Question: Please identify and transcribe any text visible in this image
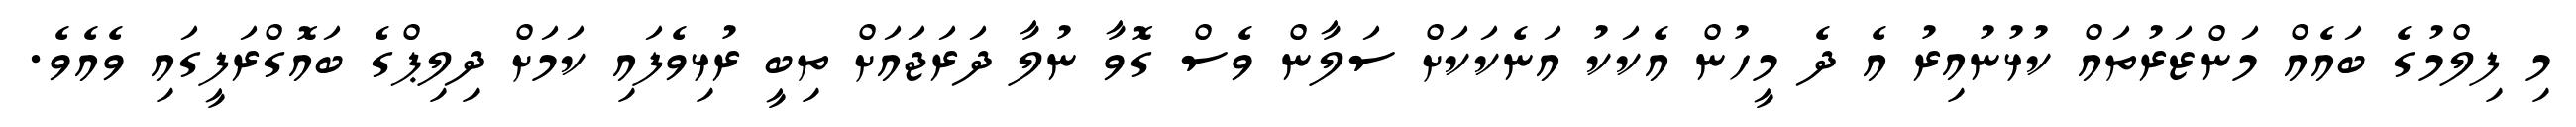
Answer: މި ފިލްމުގެ ބައެއް މަންޒަރުތައް ކުޅުނުއިރު އެ ދެ މީހުން އެކަކު އަނެކަކަށް ސަލާން ވެސް ގޮވާ ނުލާ ދަރަޖައަށް ތިބީ ރުޅިވެފައި ކަމަށް ދިލިޕްގެ ބައޮގްރަފީގައި ވެއެވެ.